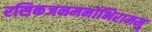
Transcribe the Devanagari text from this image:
रसिकजनमनोभिराममु